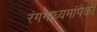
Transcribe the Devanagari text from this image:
रंगमाध्यमांपैकी